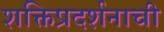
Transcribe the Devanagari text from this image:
शक्तिप्रदर्शनाची